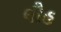
લૌહ